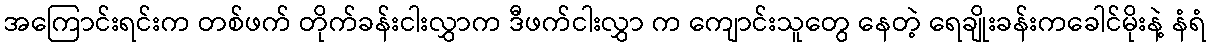
အကြောင်းရင်းက တစ်ဖက် တိုက်ခန်းငါးလွှာက ဒီဖက်ငါးလွှာ က ကျောင်းသူတွေ နေတဲ့ ရေချိုးခန်းကခေါင်မိုးနဲ့ နံရံ